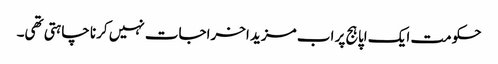
حکومت ایک اپاہج پر اب مزید اخراجات نہیں کرنا چاہتی تھی۔